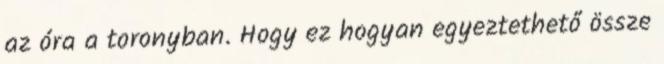
az óra a toronyban. Hogy ez hogyan egyeztethető össze